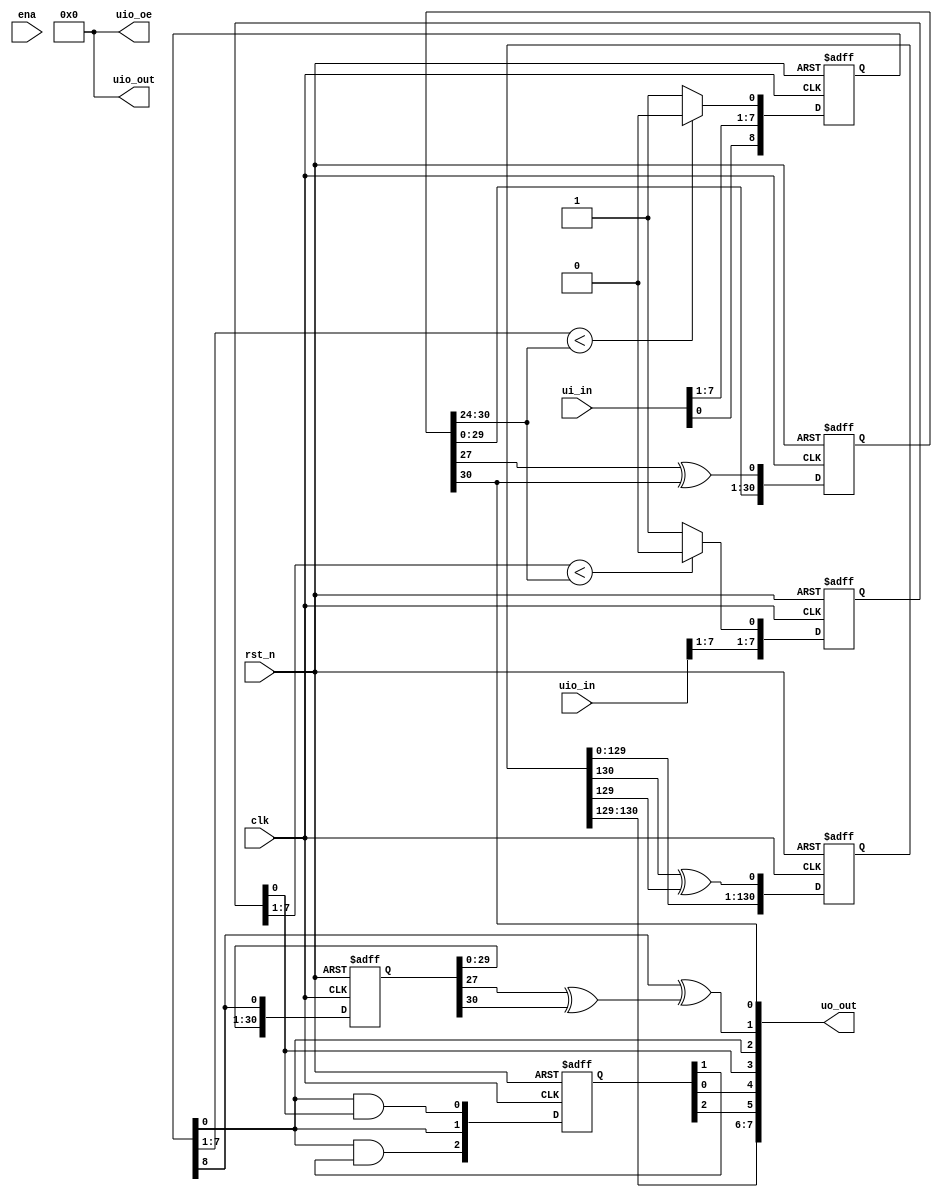
/*
 * Copyright (c) 2024 Your Name
 * SPDX-License-Identifier: Apache-2.0
 */
`default_nettype none
module tt_um_davidparent_hdl (
    input  wire [7:0] ui_in,    // Dedicated inputs
    output wire [7:0] uo_out,   // Dedicated outputs
    input  wire [7:0] uio_in,   // IOs: Input path
    output wire [7:0] uio_out,  // IOs: Output path
    output wire [7:0] uio_oe,   // IOs: Enable path (active high: 0=input, 1=output)
    input  wire       ena,      // always 1 when the design is powered, so you can ignore it
    input  wire       clk,      // clock
    input  wire       rst_n     // reset_n - low to reset
);
    reg [30:0] lfsr;
    reg [30:0] lfsr_test;
    reg [130:0] lfsr_big;
    reg [8:0] InputA;
    reg [7:0] InputB;
    reg [2:0] out;
    always @(posedge clk or posedge rst_n) begin
        if (rst_n) begin
        //lfsr <= 31'd1; 
        lfsr <=~0;    
        //lfsr_test <= 31'd1; 
        lfsr_test <= ~0   ; 
        //lfsr_big <=61'd1;
        lfsr_big <=~0;       
        InputA<=9'b000000000;  
        InputB<=8'b00000000;  
        out<=3'b000;    
    end else begin
        lfsr[0] <= lfsr[27] ^ lfsr[30] ;
        lfsr[30:1] <=lfsr[29:0] ;  
        lfsr_big[0] <= lfsr_big[130] ^ lfsr_big[129] ;
        lfsr_big[130:1] <=lfsr_big[129:0] ; 
        InputA[8]<=ui_in[0];
        lfsr_test[0] <= InputA[8];
        lfsr_test[30:1] <=lfsr_test[29:0] ;
        InputA[7:1]<=ui_in[7:1];
        InputB[7:1]<=uio_in[7:1];
        out[0]<=InputA[0] & InputB[0];
        out[1]<=InputA[0];
        out[2]<=InputA[0] & out[1];
        if (InputA[7:1]<lfsr[30:24]) begin
            InputA[0]<=1'b0;
        end else begin
            InputA[0]<=1'b1;
        end 
        if (InputB[7:1]<lfsr[30:24]) begin
            InputB[0]<=1'b0;
        end else begin
            InputB[0]<=1'b1;
        end 
    end
end  
  // All output pins must be assigned. If not used, assign to 0. 
  assign uo_out[0] =lfsr[30] ;
  assign uo_out[1] =InputA[8]^(lfsr_test[27] ^ lfsr_test[30] );   
  assign uo_out[2] =   InputA[0];
  assign uo_out[3] =   InputB[0]; 
  assign uo_out[4] = out[0];
  assign uo_out[5] = out[2];    
    assign uo_out[7:6] = lfsr_big[130:129];    
  assign uio_out = 0;
  assign uio_oe  = 0;
 // assign uo_out[7:6]= 2'b00;
  // List all unused inputs to prevent 
    wire _unused = &{ena, uio_in[0], 1'b0}; 
endmodule